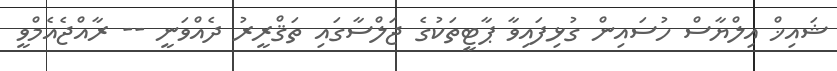
ޝައިޚް އިލްޔާސް ހުސައިން ގުޅިފައިވާ ޕާޓީތަކުގެ ޖަލްސާގައި ތަޤްރީރު ދެއްވަނީ -- ރާއްޖެއެމްވީ